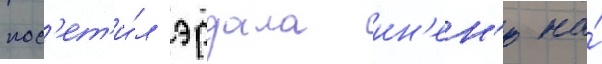
пос'ет'и́л эрдала ин'ен'ю на́